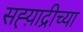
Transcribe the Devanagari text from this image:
सह्य़ाद्रीच्या